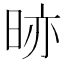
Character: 𭥼